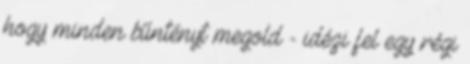
hogy minden bűntényt megold - idézi fel egy régi